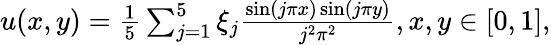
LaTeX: \begin{array}{r}{u(x,y)=\frac{1}{5}\sum_{j=1}^{5}\xi_{j}\frac{\sin(j\pi x)\sin(j\pi y)}{j^{2}\pi^{2}},x,y\in[0,1],}\end{array}